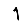
Digit: 1